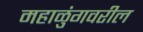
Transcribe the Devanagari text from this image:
महाळुंगवरील